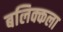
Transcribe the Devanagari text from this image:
बलिक्कला